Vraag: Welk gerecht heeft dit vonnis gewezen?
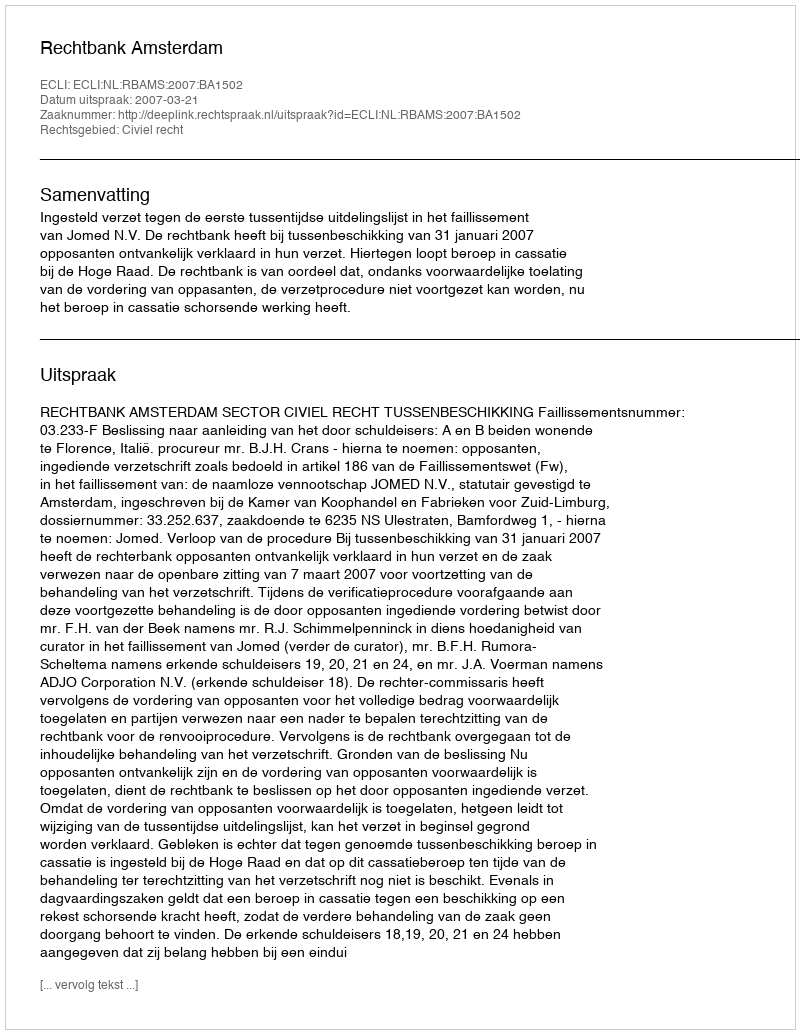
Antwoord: Rechtbank Amsterdam